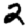
Digit: 2